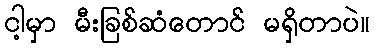
ငါ့မှာ မီးခြစ်ဆံတောင် မရှိတာပဲ။